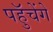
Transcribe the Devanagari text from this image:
पहुॅचेंगे